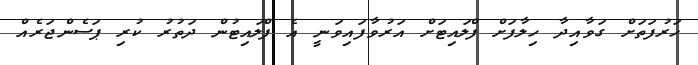
ހަރުފަތަށް ގަވާއިދާ ހިލާފަށް ފްލައިޓަށް އަރުވާފައިވަނީ އެ ފްލައިޓުން ދަތުރު ކުރި ޕަސެންޖަރެއް